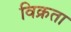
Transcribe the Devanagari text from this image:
विक्रता